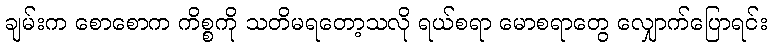
ချမ်းက စောစောက ကိစ္စကို သတိမရတော့သလို ရယ်စရာ မောစရာတွေ လျှောက်ပြောရင်း